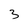
Character: 3